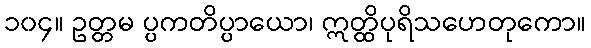
၁၀၄။ ဥတ္တမ ပ္ပကတိပ္ပာယော၊ ဣတ္ထိပုရိသဟေတုကော။